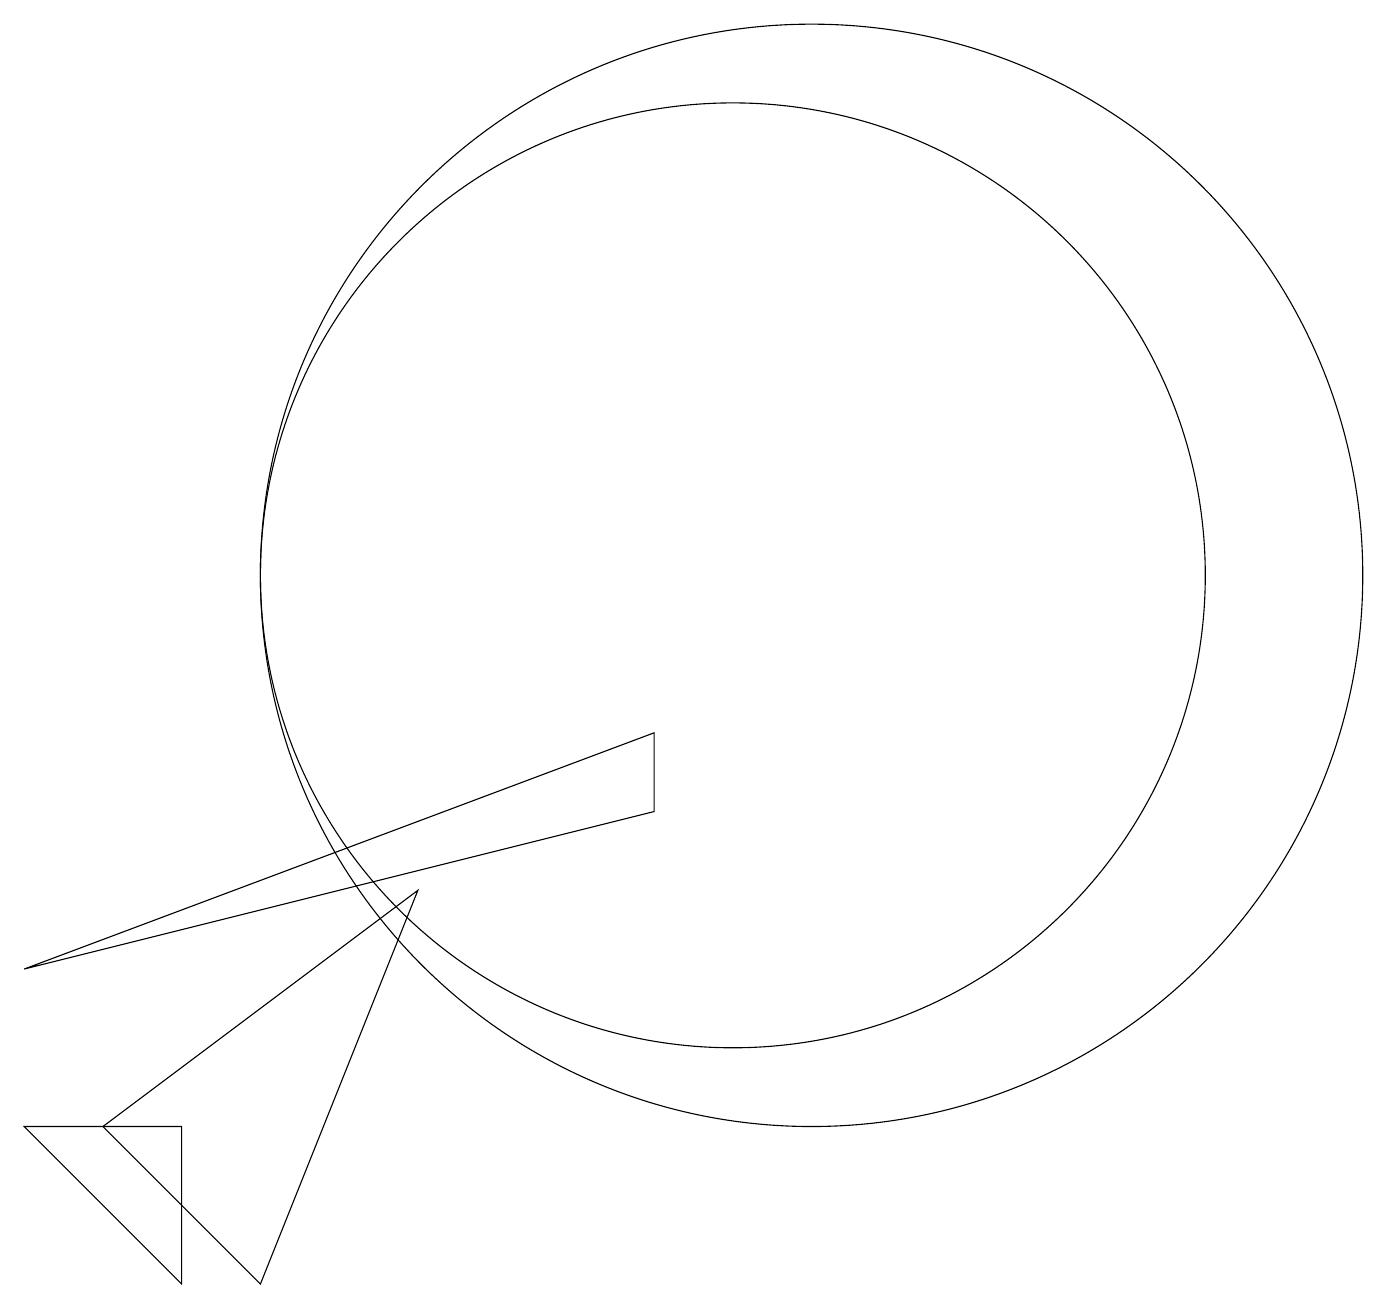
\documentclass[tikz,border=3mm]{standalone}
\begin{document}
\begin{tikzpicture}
\draw (6,7) -- (2,4) -- (4,2) -- cycle;
\draw (10,11) circle (6);
\draw (9,8) -- (9,9) -- (1,6) -- cycle;
\draw (1,4) -- (3,4) -- (3,2) -- cycle;
\draw (11,11) circle (7);
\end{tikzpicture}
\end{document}